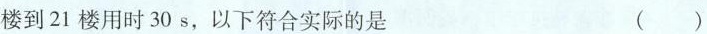
楼到21楼用时30s，以下符合实际的是 ()